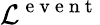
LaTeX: \mathcal{L}^{\mathrm{~e~v~e~n~t~}}